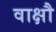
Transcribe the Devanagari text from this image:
वाक्षौ